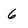
Character: 6